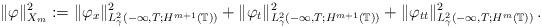
\begin{align*}\Vert\varphi\Vert_{X_m}^2:=\Vert\varphi_{x}\Vert^2_{L^2_\gamma(-\infty, T; H^{m+1}(\mathbb T))}+\Vert\varphi_t\Vert^2_{L^2_\gamma(-\infty, T; H^{m+1}(\mathbb T))}+\Vert\varphi_{tt}\Vert^2_{L^2_\gamma(-\infty, T; H^{m}(\mathbb T))}\,.\end{align*}